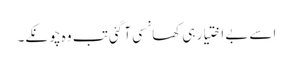
اسے بے اختیار ہی کھانسی آ گئی تب وہ چونکے۔